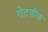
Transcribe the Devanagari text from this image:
गेटवीक